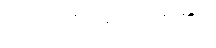
(အဝေါစ၊ လျှောက်၏။)